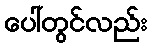
ပေါ်တွင်လည်း